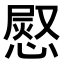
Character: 𭞊